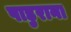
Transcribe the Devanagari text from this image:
पाडुराना